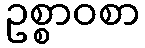
ဥစ္စာဝစာ